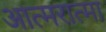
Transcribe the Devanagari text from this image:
आत्मरात्मा